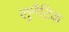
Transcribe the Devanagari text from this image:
लुनैटिक